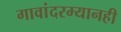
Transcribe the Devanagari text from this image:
गावांदरम्यानही